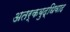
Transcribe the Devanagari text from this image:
अतर्कबुद्धिवाद